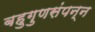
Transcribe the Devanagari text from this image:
बहुगुणसंपन्न